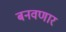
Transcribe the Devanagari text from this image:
बनवणार